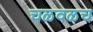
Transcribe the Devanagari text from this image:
चळवळच